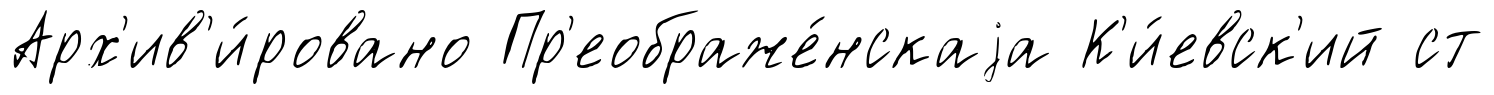
Арх'ив'и́ровано Пр'еображе́нскаjа К'и́евск'ий ст